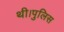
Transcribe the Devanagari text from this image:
थी।पुलिस